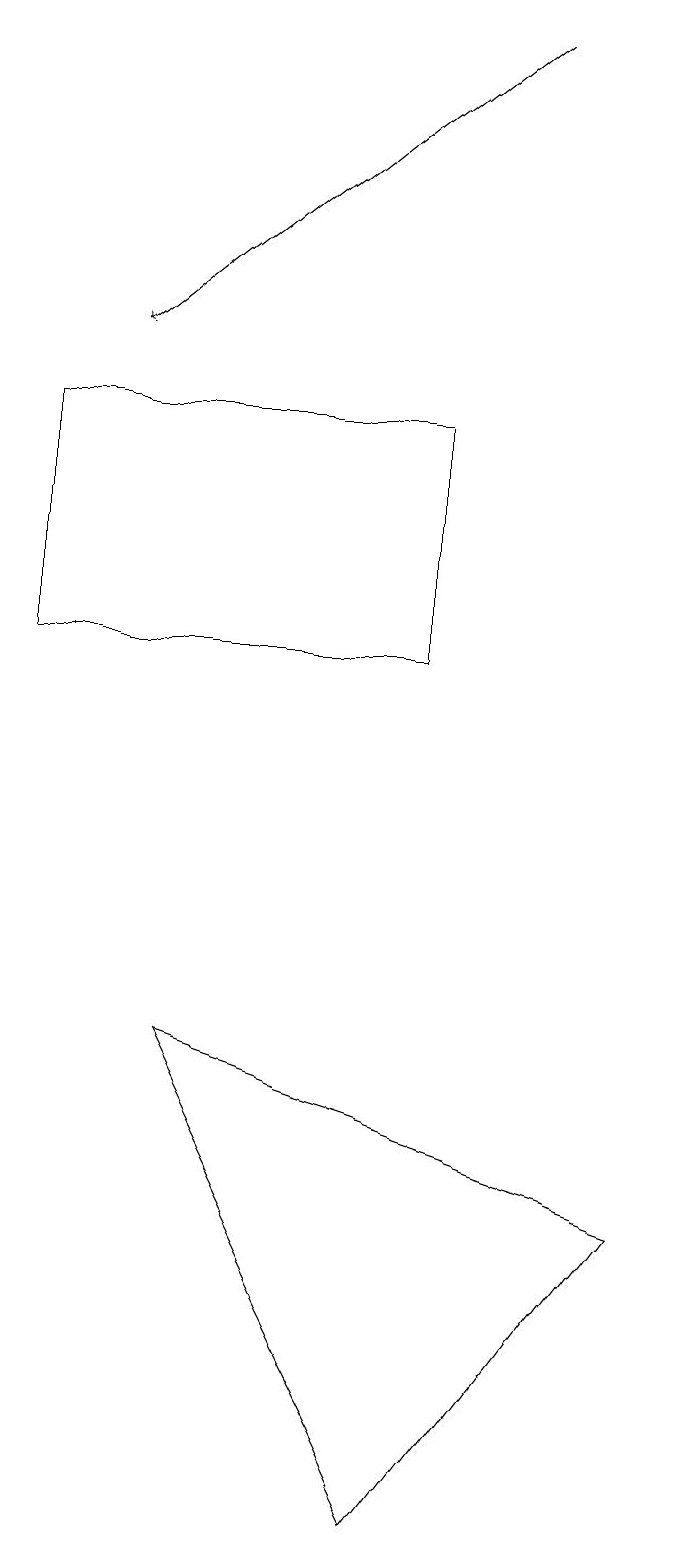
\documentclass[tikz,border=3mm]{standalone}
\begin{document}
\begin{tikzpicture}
\draw (0,14) rectangle (5,11);
\draw (2,6) -- (5,0) -- (8,4) -- cycle;
\draw[->] (6,19) -- (1,15);
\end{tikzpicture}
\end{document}